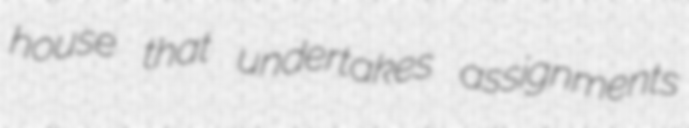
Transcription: house that undertakes assignments